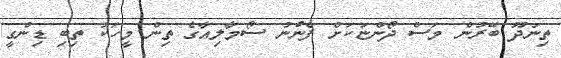
ތިނަދޫ ބޭރުން މަސް ދޯންޏަކަށް ފެނުނު ސޯމާލިއާގެ ތިން މީހަކު ތިބި ޑިންގީ